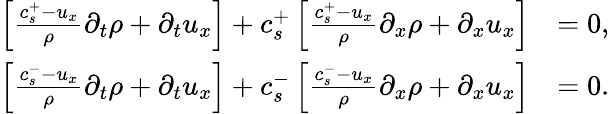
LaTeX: \begin{array}{rl}{\left[\frac{c_{s}^{+}-u_{x}}{\rho}\partial_{t}\rho+\partial_{t}u_{x}\right]+c_{s}^{+}\left[\frac{c_{s}^{+}-u_{x}}{\rho}\partial_{x}\rho+\partial_{x}u_{x}\right]}&{=0,}\\ {\left[\frac{c_{s}^{-}-u_{x}}{\rho}\partial_{t}\rho+\partial_{t}u_{x}\right]+c_{s}^{-}\left[\frac{c_{s}^{-}-u_{x}}{\rho}\partial_{x}\rho+\partial_{x}u_{x}\right]}&{=0.}\end{array}